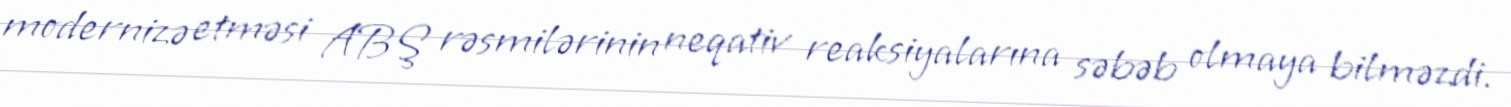
modernizə etməsi ABŞ rəsmilərinin neqativ reaksiyalarına səbəb olmaya bilməzdi.